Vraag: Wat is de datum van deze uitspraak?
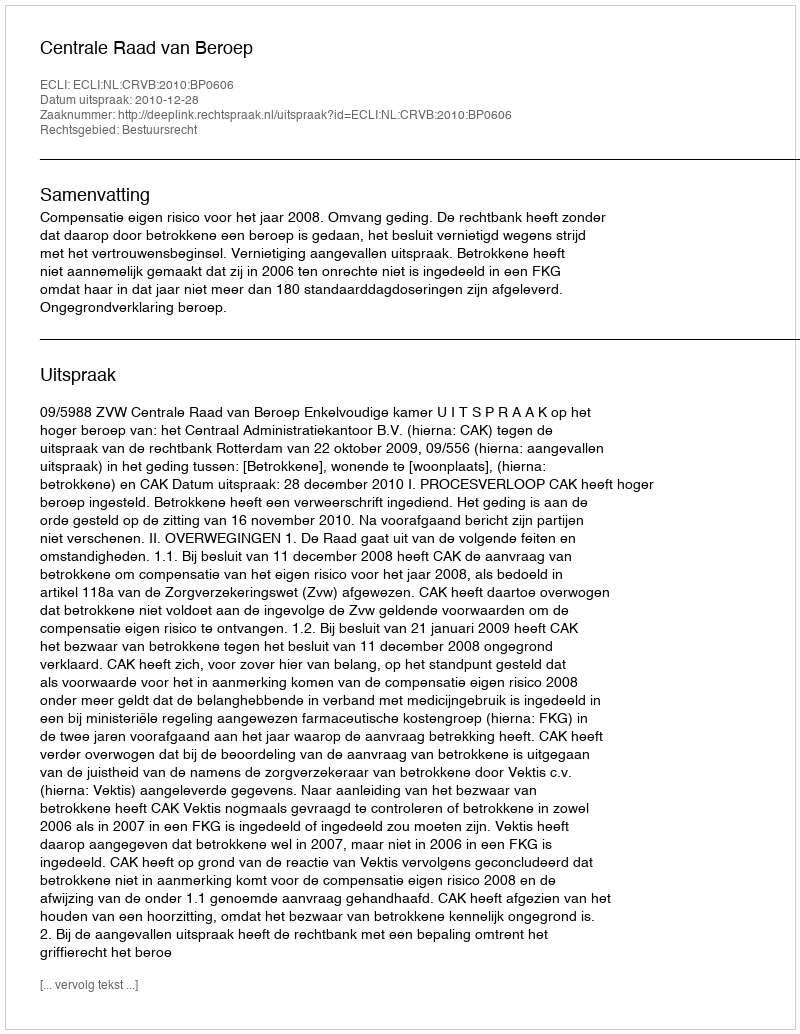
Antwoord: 2010-12-28